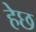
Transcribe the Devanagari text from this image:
हेछ